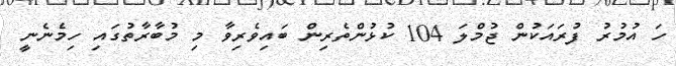
ހަ އުމުރު ފުރައަކުން ޖުމްލަ 104 ކުޅުންތެރިން ބައިވެރިވާ މި މުބާރާތުގައި ހިމެނެނީ